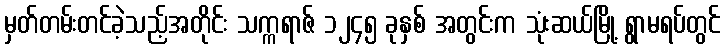
မှတ်တမ်းတင်ခဲ့သည့်အတိုင်း သက္ကရာဇ် ၁၂၄၅ ခုနှစ် အတွင်းက သုံးဆယ်မြို့ ရွာမရပ်တွင်